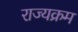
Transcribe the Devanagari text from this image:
राज्यक्रम